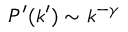
P ^ { \prime } ( k ^ { \prime } ) \sim k ^ { - \gamma }